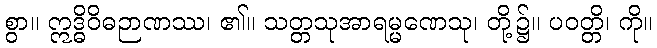
စွာ။ ဣဒ္ဓိဝိဓဉာဏဿ၊ ၏။ သတ္တသုအာရမ္မဏေသု၊ တို့၌။ ပဝတ္တိ၊ ကို။